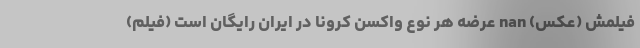
فیلمش (عکس) nan عرضه هر نوع واکسن کرونا در ایران رایگان است (فیلم)